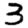
Digit: 3